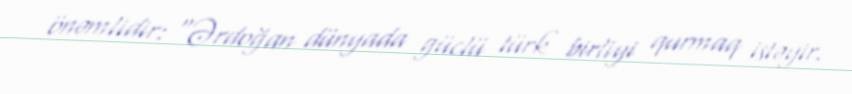
önəmlidir: “Ərdoğan dünyada güclü türk birliyi qurmaq istəyir.